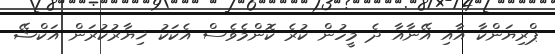
ޕްރިޔަންކާ އާއި އޭނާއާ ދެ މީހުން ކުރެ ކޮންމެވެސް އެކަކު ޚިޔާރުކުރަން އަކްޝޭ